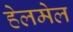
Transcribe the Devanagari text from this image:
हेलमेल